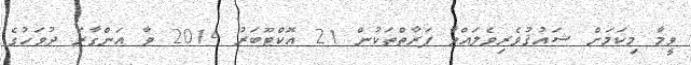
ވީމާ މިކަމަށް ޝައުޤުވެރިވެލައްވާ ފަރާތްތަކުން 21 އޮކްޓޫބަރު 2014 ވާ އަންގާރަ ދުވަހުގެ